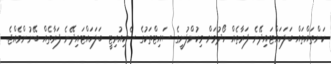
ކަންތައްތައް ބަލަހައްޓައިދޭނެ ފަރާތެއް ހޯދުމަށް މިކުންފުނީގެ ސައިޓްތަކުގެ ސެކިއުރިޓީ ބަލަހައްޓައިދޭނެ ފަރާތެއް ބޭނުންވެއްޖެ.